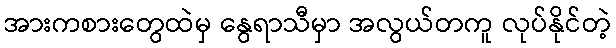
အားကစားတွေထဲမှ နွေရာသီမှာ အလွယ်တကူ လုပ်နိုင်တဲ့